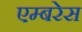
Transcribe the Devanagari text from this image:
एम्बरेस